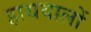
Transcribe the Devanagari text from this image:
हाथवालों